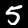
Label: 5